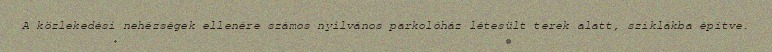
A közlekedési nehézségek ellenére számos nyilvános parkolóház létesült terek alatt, sziklákba építve.